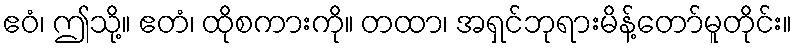
ဧဝံ၊ ဤသို့။ ဧတံ၊ ထိုစကားကို။ တထာ၊ အရှင်ဘုရားမိန့်တော်မူတိုင်း။